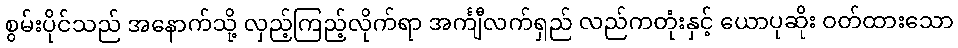
စွမ်းပိုင်သည် အနောက်သို့ လှည့်ကြည့်လိုက်ရာ အင်္ကျီလက်ရှည် လည်ကတုံးနှင့် ယောပုဆိုး ဝတ်ထားသော